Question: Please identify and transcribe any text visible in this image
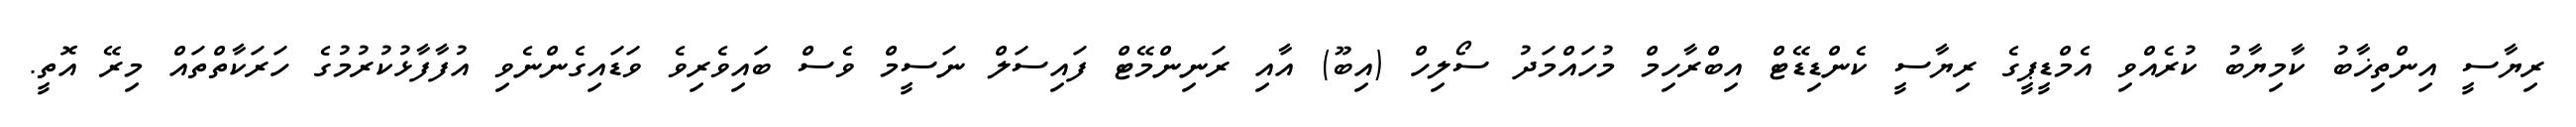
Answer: ރިޔާސީ އިންތިޚާބު ކާމިޔާބު ކުރެއްވި އެމްޑީޕީގެ ރިޔާސީ ކެންޑިޑޭޓް އިބްރާހިމް މުހައްމަދު ސޯލިހް (އިބޫ) އާއި ރަނިންމޭޓް ފައިސަލް ނަސީމް ވެސް ބައިވެރިވެ ވަޑައިގެންނެވި އުފާފާޅުކުރުމުގެ ހަރަކާތްތައް މިރޭ އޮތީ.